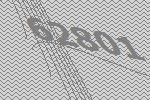
62801